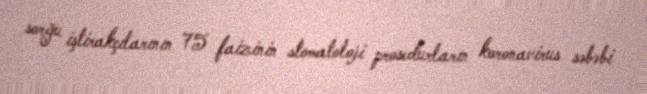
sorğu iştirakçılarının 75 faizinin stomatoloji prosedurların koronavirus səbəbi